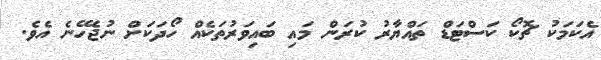
އެކަމަކު ޗޮކޯ ކަސްޓަޑް ތައްޔާރު ކުރަން މައި ބައިވަރުތަކެއް ހޯދަކަށް ނުޖެހޭނެ އެވެ.